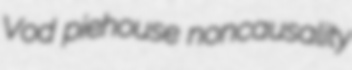
Vod piehouse noncausality